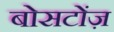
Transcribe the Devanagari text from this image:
बोसटोंज़